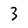
Character: 3